Madras plague regulations and rules - Volume 2
Disease focus: Plague
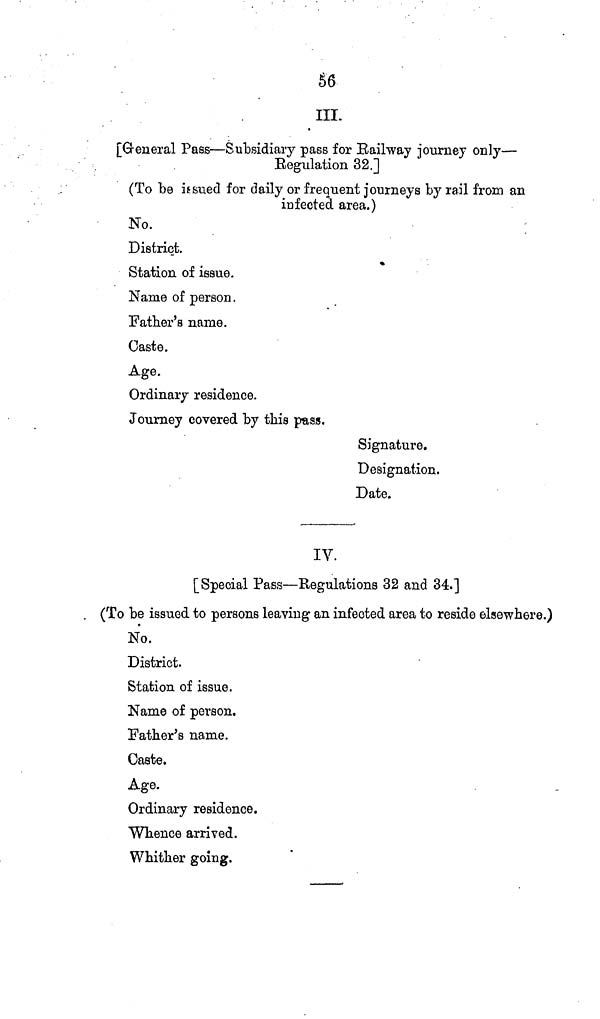
56
III.
[Greneral Pass—Subsidiary pass for Railway journey only—
Regulation 32.]
(To be issued for daily or frequent journeys by rail from an
infected area.)
No.
District.
Station of issue.
Name of person.
Father's name.
Caste.
Age.
Ordinary residence.
Journey covered by this pass.
Signature.
Designation.
Date.
IV.
[Special Pass—Regulations 32 and 34.]
(To be issued to persons leaving an infected area to reside elsewhere.)
No.
District.
Station of issue.
Name of person.
Father's name.
Caste.
Age.
Ordinary residence.
Whence arrived.
Whither going.